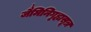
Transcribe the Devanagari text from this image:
जैमिनिगृह्यसूत्र